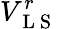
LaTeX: V_{\mathrm{~L~S~}}^{r}